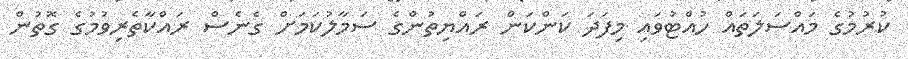
ކުރުމުގެ މައްސަލަތައް ހުއްޓުވައި މިފަދަ ކަންކަން ރައްޔިތުންގެ ސަމާލުކަމަށް ގެނެސް ރައްކާތެރިވުމުގެ ގޮތުން